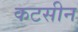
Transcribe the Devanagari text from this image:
कटसीन